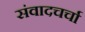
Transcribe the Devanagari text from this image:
संवादचर्चा